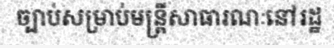
ច្បាប់សម្រាប់មន្ត្រីសាធារណៈនៅរដ្ឋ